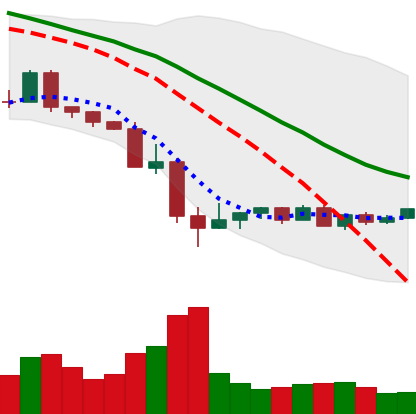
Ticker: NEO-USD
Chart end date: 2022-05-22
Forward return: -5.922%
Label: down_5_7